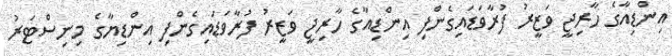
އިންޑިއާގެ ހާރިޖީ ވަޒީރު ފުރާވަޑައިގެންފި އިންޑިއާގެ ހާރިޖީ ވަޒީރު ފުރާވަޑައިގެންފި އިންޑިޔާގެ މިނިސްޓަރު